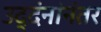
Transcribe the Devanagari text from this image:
उद्दंनांनंतर